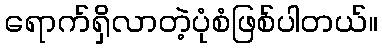
ရောက်ရှိလာတဲ့ပုံစံဖြစ်ပါတယ်။